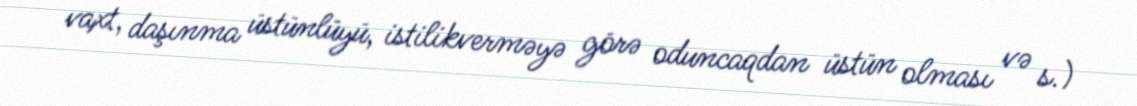
vaxt, daşınma üstünlüyü, istilikverməyə görə oduncaqdan üstün olması və s.)